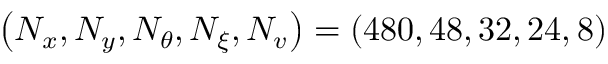
\left( N _ { x } , N _ { y } , N _ { \theta } , N _ { \xi } , N _ { v } \right) = ( 4 8 0 , 4 8 , 3 2 , 2 4 , 8 )